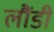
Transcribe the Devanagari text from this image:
लौंडी